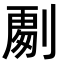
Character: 𭄏